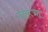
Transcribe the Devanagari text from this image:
दारूचा